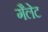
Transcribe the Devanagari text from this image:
गैलेट